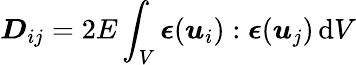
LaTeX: \boldsymbol{D}_{ij}=2E\int_{V}\boldsymbol{\epsilon}(\boldsymbol{u}_{i}):\boldsymbol{\epsilon}(\boldsymbol{u}_{j})\, \mathrm{d}V